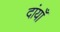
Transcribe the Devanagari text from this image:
दांयाँ